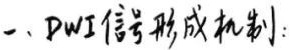
一、DWI信号形成机制：